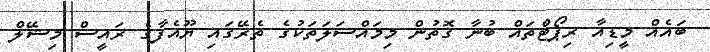
ބައެއް މީޑިއާ ރިޕޯޓްތައް ބުނާ ގޮތުން މިމައްސަލަތަކުގެ ތެރޭގައި ޔޫއެފާގެ ރައީސް މިޝޭލް